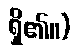
ရှိ၏။)